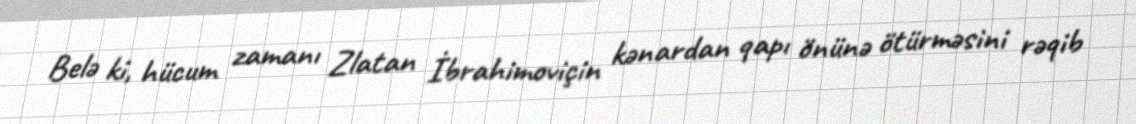
Belə ki, hücum zamanı Zlatan İbrahimoviçin kənardan qapı önünə ötürməsini rəqib